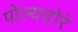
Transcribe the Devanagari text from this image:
पोल्यदोरे